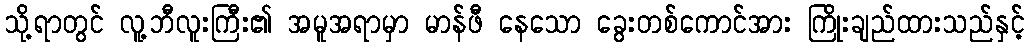
သို့ရာတွင် လူ့ဘီလူးကြီး၏ အမူအရာမှာ မာန်ဖီ နေသော ခွေးတစ်ကောင်အား ကြိုးချည်ထားသည်နှင့်